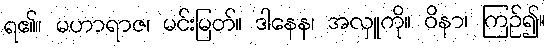
ရ၏။ မဟာရာဇ၊ မင်းမြတ်။ ဒါနေန၊ အလှူကို။ ဝိနာ၊ ကြဉ်၍။